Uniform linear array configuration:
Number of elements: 32
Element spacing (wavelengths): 0.25
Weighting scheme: blackman
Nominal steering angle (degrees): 30
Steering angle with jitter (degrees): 29.267
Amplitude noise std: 0.05
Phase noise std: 0.05

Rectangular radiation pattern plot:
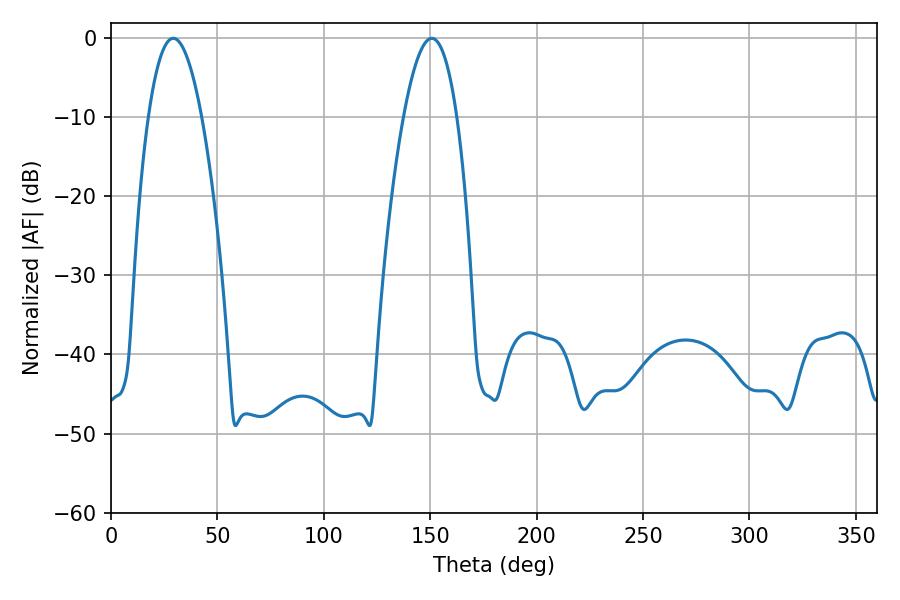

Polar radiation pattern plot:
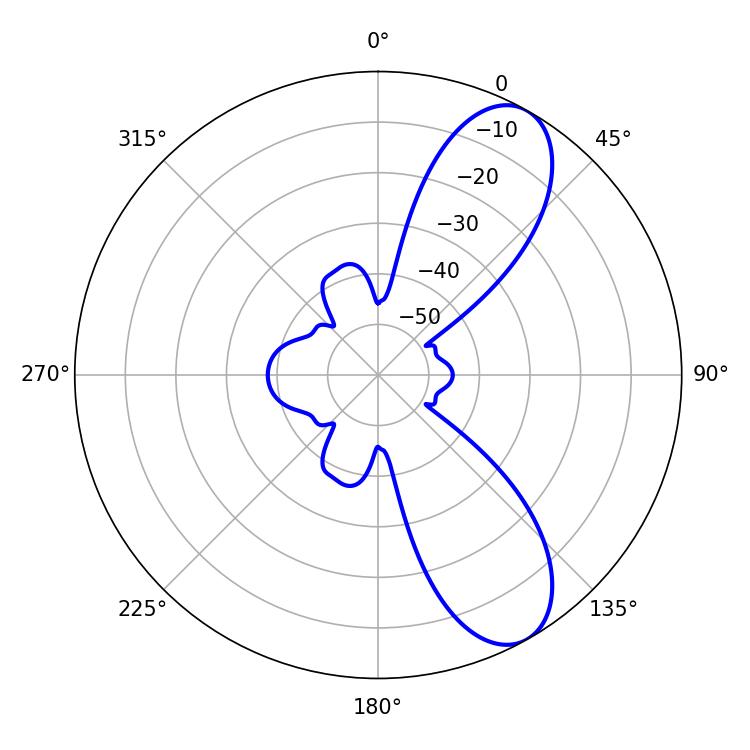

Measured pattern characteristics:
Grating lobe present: FALSE
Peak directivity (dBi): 8.949
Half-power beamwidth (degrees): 13.68
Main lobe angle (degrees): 29.34